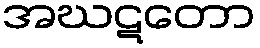
အဃဋတော